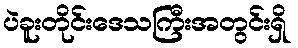
ပဲခူးတိုင်းဒေသကြီးအတွင်းရှိ